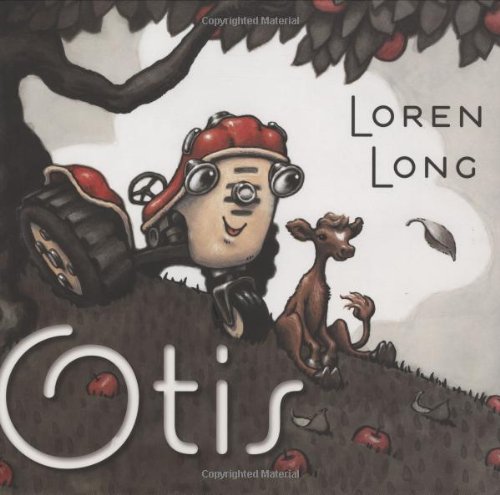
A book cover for Otis; Loren Long; Children's Books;